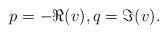
LaTeX: \begin{align*}& p=-\Re(v), q=\Im(v).\end{align*}